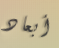
أبعاد